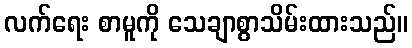
လက်ရေး စာမူကို သေချာစွာသိမ်းထားသည်။